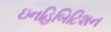
ઇનહિબિટિશન